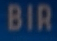
BIR